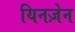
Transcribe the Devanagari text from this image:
यिनज़ेन